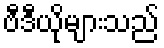
ဗီဒီယိုများသည်